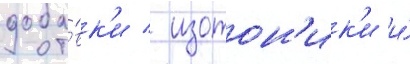
доба́вк'и / изотон'ик'и и́